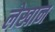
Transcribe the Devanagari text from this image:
लेखान